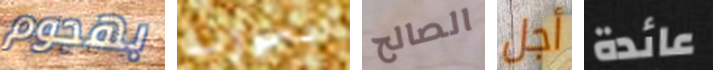
بهجوم الجواؤلد الصالح أجل عائدة